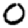
Digit: 0